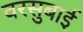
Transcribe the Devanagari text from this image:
वरसुबाई